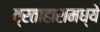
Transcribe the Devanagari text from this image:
व्रताहारामध्ये